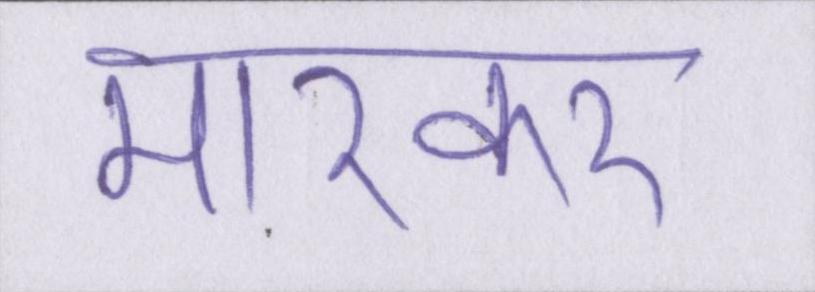
मारकर